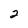
Character: 2